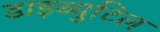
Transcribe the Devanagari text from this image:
डाइब्युटिल